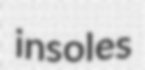
insoles